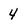
Character: 4